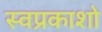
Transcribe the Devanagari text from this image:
स्वप्रकाशो